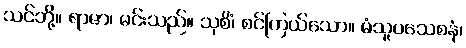
သင်ဘို့။ ရာဇာ၊ မင်းသည်။ သုစိံ၊ စင်ကြယ်သော။ မံသူပသေစနံ၊